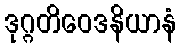
ဒုဂ္ဂတိဝေဒနိယာနံ